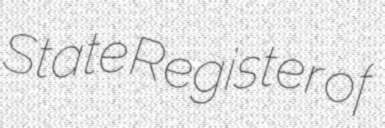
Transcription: State Register of